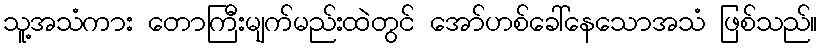
သူ့အသံကား တောကြီးမျက်မည်းထဲတွင် အော်ဟစ်ခေါ်နေသောအသံ ဖြစ်သည်။